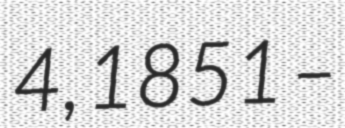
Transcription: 4, 1851 –